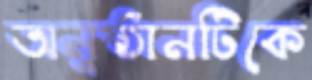
অনুষ্ঠানটিকে